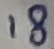
Text: 18